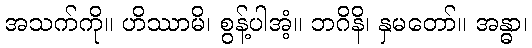
အသက်ကို။ ဟိဿာမိ၊ စွန့်ပါအံ့။ ဘဂိနိ၊ နှမတော်။ အန္ဓာ၊